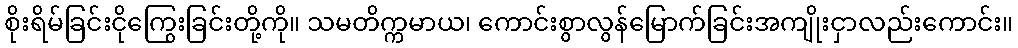
စိုးရိမ်ခြင်းငိုကြွေးခြင်းတို့ကို။ သမတိက္ကမာယ၊ ကောင်းစွာလွန်မြောက်ခြင်းအကျိုးငှာလည်းကောင်း။